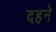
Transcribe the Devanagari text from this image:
दहने